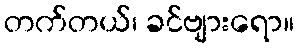
တက်တယ်၊ ခင်ဗျားရော။